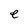
Character: e